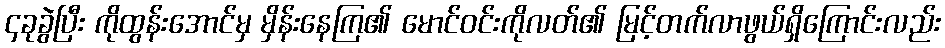
၄ခုခွဲပြီး ကိုထွန်းအောင်မှ မှိန်းနေကြ၏ မောင်ဝင်းကိုလတ်၏ မြင့်တက်လာဖွယ်ရှိကြောင်းလည်း